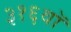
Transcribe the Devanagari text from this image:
३१६वॉ